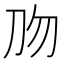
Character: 𰄡